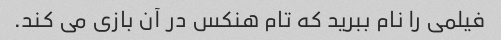
فیلمی را نام ببرید که تام هنکس در آن بازی می کند.